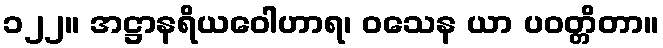
၁၂၂။ အဋ္ဌာနရိယဝေါဟာရ၊ ဝသေန ယာ ပဝတ္တိတာ။